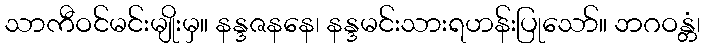
သာကီဝင်မင်းမျိုးမှ။ နန္ဒဇနနေ၊ နန္ဒမင်းသားရဟန်းပြုသော်။ ဘဂဝန္တံ၊